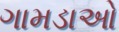
ગામડાઓ